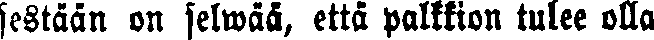
sestään on selwää, että palkkion tulee olla